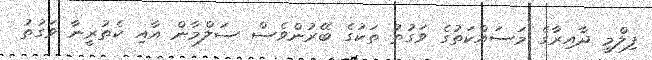
ފިލްމީ ދާއިރާގެ މަސައްކަތުގެ ވަގުތު ތަކުގެ ބޭރުންވެސް ސަލްމާން އާއި ކެތުރީނާ ވަގުތު